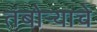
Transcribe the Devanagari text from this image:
तंबोर्‍याचे